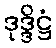
ဒုဒ္ဒိဋ္ဌံ